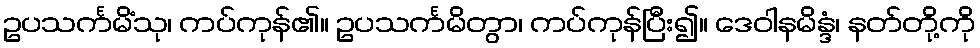
ဥပသင်္ကမိံသု၊ ကပ်ကုန်၏။ ဥပသင်္ကမိတွာ၊ ကပ်ကုန်ပြီး၍။ ဒေဝါနမိန္ဒံ၊ နတ်တို့ကို